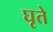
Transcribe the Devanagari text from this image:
घृते